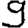
Digit: 9